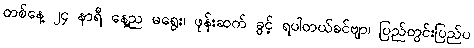
တစ်နေ့ ၂၄ နာရီ နေ့ည မရွေး၊ ဖုန်းဆက် ခွင့် ရပါတယ်ခင်ဗျာ၊ ပြည်တွင်းပြည်ပ